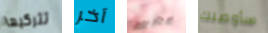
تتركيها آخر بخير سأوصلك